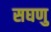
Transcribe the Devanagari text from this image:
सघणु